Annual report on the Civil Veterinary Department, Burma (including the Insein Veterinary School) - 1923-1931
Year: 1923
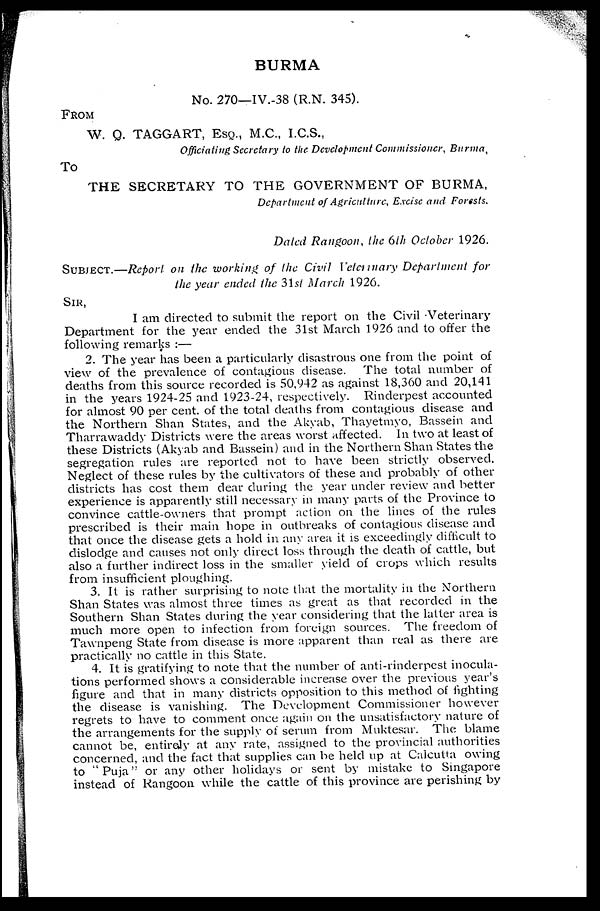
BURMA
No. 270—IV.-38 (R.N. 345).
FROM
W. Q. TAGGART, Esq., M.C., I.C.S.,
Officiating Secretary to the Development Commissioner, Burma,
To
THE SECRETARY TO THE GOVERNMENT OF BURMA,
Department of Agriculture, Excise and Forests.
Dated Rangoon, the 6th October 1926.
SUBJECT.—Report on the working of the Civil Veterinary Department for
the year ended the 31st March 1926.
SIR,
I am directed to submit the report on the Civil Veterinary
Department for the year ended the 31st March 1926 and to offer the
following remarks :—
2. The year has been a particularly disastrous one from the point of
view of the prevalence of contagious disease. The total number of
deaths from this source recorded is 50,942 as against 18,360 and 20,141
in the years 1924-25 and 1923-24, respectively. Rinderpest accounted
for almost 90 per cent. of the total deaths from contagious disease and
the Northern Shan States, and the Akyab, Thayetmyo, Bassein and
Tharrawaddy Districts were the areas worst affected. In two at least of
these Districts (Akyab and Bassein) and in the Northern Shan States the
segregation rules are reported not to have been strictly observed.
Neglect of these rules by the cultivators of these and probably of other
districts has cost them dear during the year under review and better
experience is apparently still necessary in many parts of the Province to
convince cattle-owners that prompt action on the lines of the rules
prescribed is their main hope in outbreaks of contagious disease and
that once the disease gets a hold in any area it is exceedingly difficult to
dislodge and causes not only direct loss through the death of cattle, but
also a further indirect loss in the smaller yield of crops which results
from insufficient ploughing.
3. It is rather surprising to note that the mortality in the Northern
Shan States was almost three times as great as that recorded in the
Southern Shan States during the year considering that the latter area is
much more open to infection from foreign sources. The freedom of
Tawnpeng State from disease is more apparent than real as there are
practically no cattle in this State.
4. It is gratifying to note that the number of anti-rinderpest inocula-
tions performed shows a considerable increase over the previous year's
figure and that in many districts opposition to this method of fighting
the disease is vanishing. The Development Commissioner however
regrets to have to comment once again on the unsatisfactory nature of
the arrangements for the supply of serum from Muktesar. The blame
cannot be, entirely at any rate, assigned to the provincial authorities
concerned, and the fact that supplies can be held up at Calcutta owing
to "Puja" or any other holidays or sent by mistake to Singapore
instead of Rangoon while the cattle of this province are perishing by